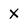
Character: X